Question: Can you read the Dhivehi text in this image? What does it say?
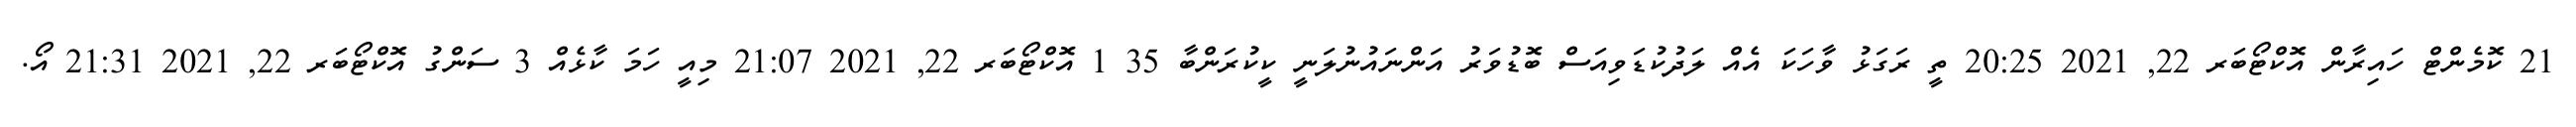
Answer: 21 ކޮމެންޓް ހައިރާން އޮކްޓޯބަރ 22, 2021 20:25 ތީ ރަގަޅު ވާހަކަ އެއް ލަދުކުޑަވިއަސް ބޮޑުވަރު އަންނައުނުލަނީ ކީކުރަންބާ 35 1 އޮކްޓޯބަރ 22, 2021 21:07 މިއީ ހަމަ ކާޅެއް 3 ސަންގު އޮކްޓޯބަރ 22, 2021 21:31 އޯ.